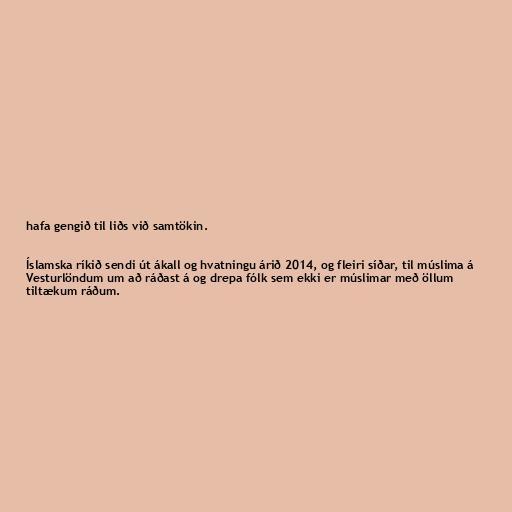
hafa gengið til liðs við samtökin.

Íslamska ríkið sendi út ákall og hvatningu árið 2014, og fleiri síðar, til múslima á
Vesturlöndum um að ráðast á og drepa fólk sem ekki er múslimar með öllum
tiltækum ráðum.